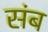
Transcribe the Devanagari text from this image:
संब